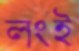
লংই